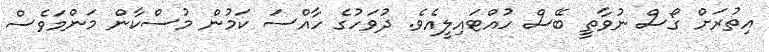
އިތުރަށް ގޯސް ނުވާތީ ބޭސް ހުއްޓައިލީއެވެ. ދުވަހުގެ ހާއްސަ ކަމުން މުސްކާން މަންމަވެސް